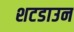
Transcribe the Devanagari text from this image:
शटडाउन